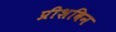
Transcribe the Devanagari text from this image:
प्रीशविन